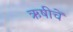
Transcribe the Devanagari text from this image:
ऋषीचें